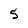
Character: 5